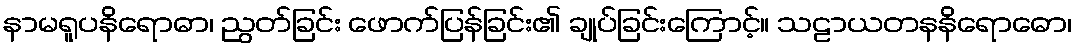
နာမရူပနိရောဓာ၊ ညွတ်ခြင်း ဖောက်ပြန်ခြင်း၏ ချုပ်ခြင်းကြောင့်။ သဠာယတနနိရောဓော၊